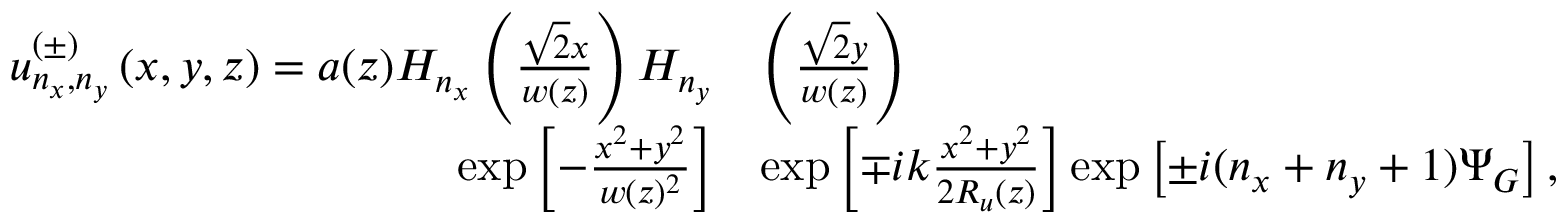
\begin{array} { r l } { u _ { n _ { x } , n _ { y } } ^ { ( \pm ) } \left( x , y , z \right) = a ( z ) H _ { n _ { x } } \left( \frac { \sqrt { 2 } x } { w ( z ) } \right) H _ { n _ { y } } } & { \left( \frac { \sqrt { 2 } y } { w ( z ) } \right) } \\ { \exp \left[ - \frac { x ^ { 2 } + y ^ { 2 } } { w ( z ) ^ { 2 } } \right] } & { \exp \left[ \mp i k \frac { x ^ { 2 } + y ^ { 2 } } { 2 R _ { u } ( z ) } \right] \exp \left[ \pm i ( n _ { x } + n _ { y } + 1 ) \Psi _ { G } \right] , } \end{array}